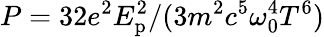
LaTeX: P={32e^{2}E_{\mathrm{p}}^{2}}/{(3m^{2}c^{5}\omega_{0}^{4}T^{6})}